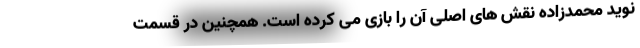
نوید محمدزاده نقش های اصلی آن را بازی می کرده است. همچنین در قسمت